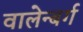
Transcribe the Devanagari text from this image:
वालेन्बर्ग